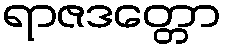
ရာဇဒတ္တော